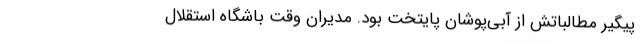
پیگیر مطالباتش از آبی‌پوشان پایتخت بود. مدیران وقت باشگاه استقلال